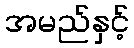
အမည်နှင့်